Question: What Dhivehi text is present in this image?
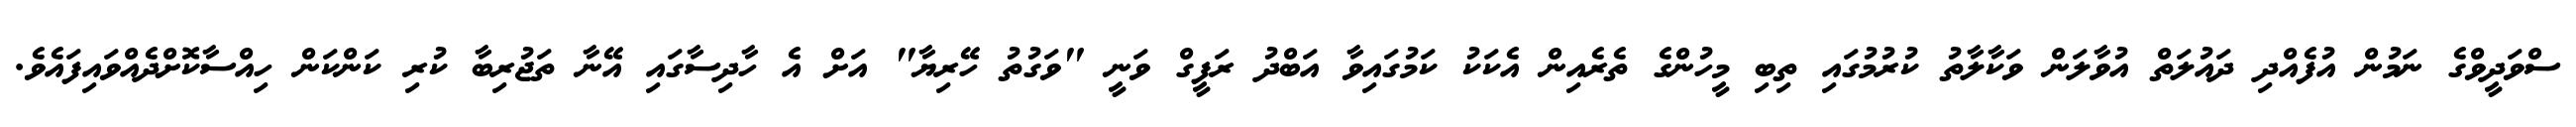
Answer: ސްވަދީވްގެ ނަމުން އުފެއްދި ދައުލަތް އުވާލަން ވަކާލާތު ކުރުމުގައި ތިބި މީހުންގެ ތެރެއިން އެކަކު ކަމުގައިވާ އަބްދު ރަފީގް ވަނީ "ވަގުތު ހޭރިޔާ" އަށް އެ ހާދިސާގައި އޭނާ ތަޖުރިބާ ކުރި ކަންކަން ހިއްސާކޮށްދެއްވައިފައެވެ.